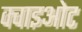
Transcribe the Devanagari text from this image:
क्वाइओट